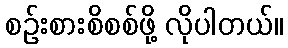
စဉ်းစားစိစစ်ဖို့ လိုပါတယ်။